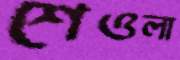
শেওলা